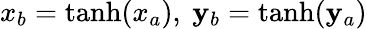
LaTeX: x_{b}=\operatorname{tanh}(x_{a}),\ \mathbf{y}_{b}=\operatorname{tanh}(\mathbf{y}_{a})